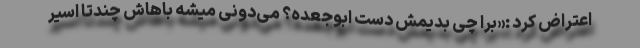
اعتراض کرد :«برا چی بدیمش دست ابوجعده؟ می‌دونی میشه باهاش چندتا اسیر